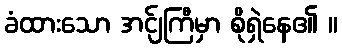
ခံထားသော အင်ျကြီမှာ စိုရှဲနေ၏ ။